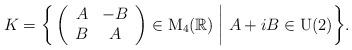
LaTeX: \begin{align*} K= \bigg\{ \left( \begin{array}{cc} A & -B \\ B & A \end{array} \right) \in \mathrm{M}_{4}(\mathbb{R}) \biggm\vert A+iB \in \mathrm{U}(2) \bigg\}.\end{align*}